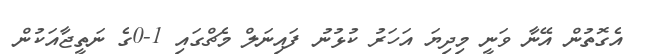
އެގޮތުން އޭނާ ވަނީ މިދިޔަ އަހަރު ކުޅުނު ފައިނަލް މެޗްގައި 1-0ގެ ނަތީޖާއަކުން